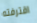
اقترفته